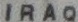
IRAQ